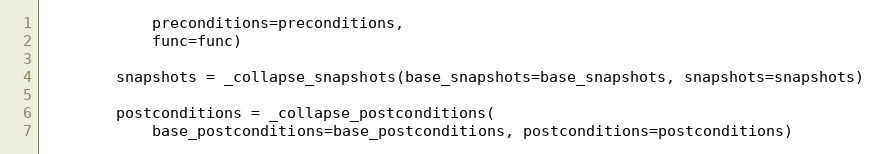
Language: Python
            preconditions=preconditions,
            func=func)

        snapshots = _collapse_snapshots(base_snapshots=base_snapshots, snapshots=snapshots)

        postconditions = _collapse_postconditions(
            base_postconditions=base_postconditions, postconditions=postconditions)